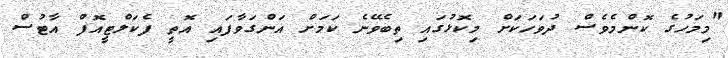
"މިމަހުގެ ކޮންމެވެސް ދުވަހަކަށް މިކޮޅުގައި ތިބެވޭނެ ކަމަށް އަންގަވާފައި އޮތީ ފެކަލްޓީއޮފް އާޓުސް